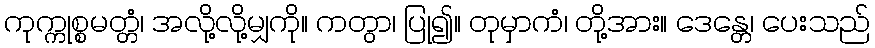
ကုက္ကုစ္စမတ္တံ၊ အလို့လို့မျှကို။ ကတွာ၊ ပြု၍။ တုမှာကံ၊ တို့အား။ ဒေန္တေ၊ ပေးသည်